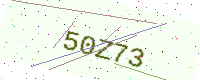
Text: 50Z73